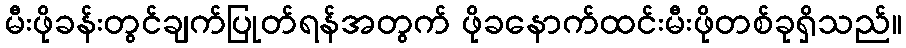
မီးဖိုခန်းတွင်ချက်ပြုတ်ရန်အတွက် ဖိုခနောက်ထင်းမီးဖိုတစ်ခုရှိသည်။